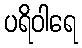
ပရိဝါရေ